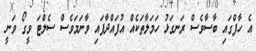
އެ ހާފްގައި ބާސާވެސް ރަނގަޅު ހަމަލާތަކެއް އުފައްދާފައި ވާނަމަވެސް ސެލްޓަ ވީގޯ ވަނީ